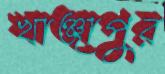
খাঞ্জাপুর